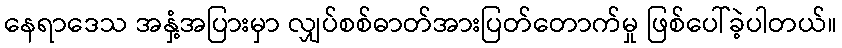
နေရာဒေသ အနှံ့အပြားမှာ လျှပ်စစ်ဓာတ်အားပြတ်တောက်မှု ဖြစ်ပေါ်ခဲ့ပါတယ်။